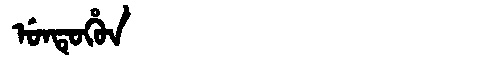
Manchu: ᡠᠨᡨᡠᡥᡠᠨ
Romanization: UNTUHUN